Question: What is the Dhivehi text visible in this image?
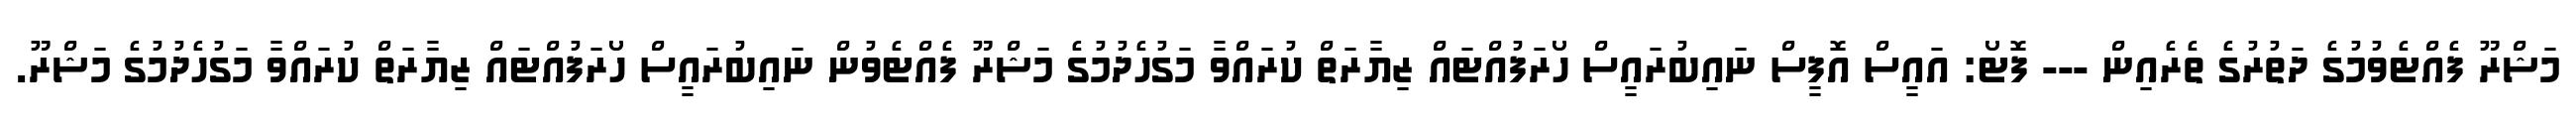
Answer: މަޝްރޫ ފެއްޓެވުމުގެ ދަތުރުގެ ތެރެއިން --- ފޮޓޯ: އައީސް އޮފީސް ނައިބުރައީސް ހޯރަފުއްޓައް ޒިޔާރަތް ކުރައްވާ މަގުހެދުމުގެ މަޝްރޫ ފެއްޓެވުން ނައިބުރައީސް ހޯރަފުއްޓައް ޒިޔާރަތް ކުރައްވާ މަގުހެދުމުގެ މަޝްރޫ.